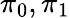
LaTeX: \pi_{0},\pi_{1}